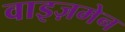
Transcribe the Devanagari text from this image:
वाइज़मेन